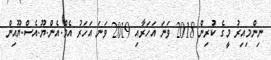
ނިންމިއިރު މީގެ ކުރިން 2018 ވަނަ އަހަރާއި 2019 ވަނަ އަހަރު އެމް.އެން.ޔޫ.އެސް.ޔޫއިން